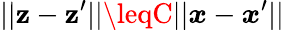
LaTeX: ||\boldsymbol{\mathbf{z}}-\boldsymbol{\mathbf{z}}^{\prime}||\leqC||\boldsymbol{x}-\boldsymbol{x}^{\prime}||